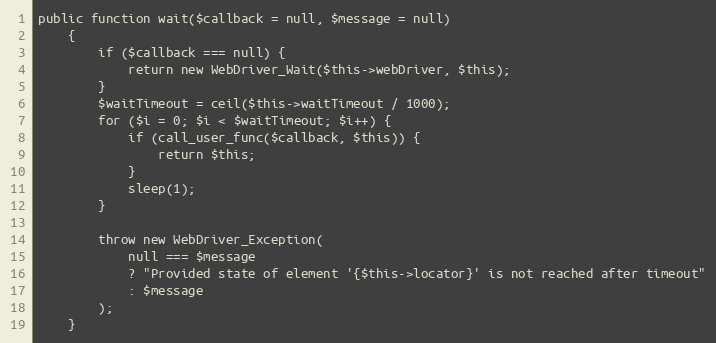
Language: PHP
public function wait($callback = null, $message = null)
    {
        if ($callback === null) {
            return new WebDriver_Wait($this->webDriver, $this);
        }
        $waitTimeout = ceil($this->waitTimeout / 1000);
        for ($i = 0; $i < $waitTimeout; $i++) {
            if (call_user_func($callback, $this)) {
                return $this;
            }
            sleep(1);
        }

        throw new WebDriver_Exception(
            null === $message
            ? "Provided state of element '{$this->locator}' is not reached after timeout"
            : $message
        );
    }